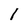
Character: l